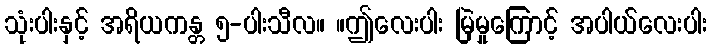
သုံးပါးနှင့် အရိယကန္တ ၅-ပါးသီလ။ ။ဤလေးပါး မြဲမှုကြောင့် အပါယ်လေးပါး